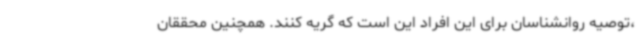
،توصیه روانشناسان برای این افراد این است که گریه کنند. همچنین محققان